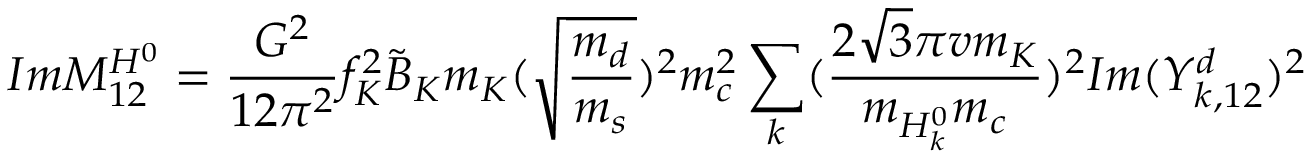
I m M _ { 1 2 } ^ { H ^ { 0 } } = \frac { G ^ { 2 } } { 1 2 \pi ^ { 2 } } f _ { K } ^ { 2 } \tilde { B } _ { K } m _ { K } ( \sqrt { \frac { m _ { d } } { m _ { s } } } ) ^ { 2 } m _ { c } ^ { 2 } \sum _ { k } ( \frac { 2 \sqrt { 3 } \pi v m _ { K } } { m _ { H _ { k } ^ { 0 } } m _ { c } } ) ^ { 2 } I m ( Y _ { k , 1 2 } ^ { d } ) ^ { 2 }